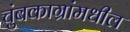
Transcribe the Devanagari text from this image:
चुंबकाग्रांमधील